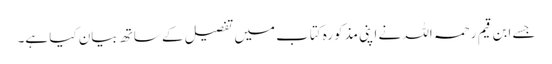
جسے ابن قیم رحمہ اللہ نے اپنی مذکورہ کتاب میں تفصیل کے ساتھ بیان کیا ہے۔